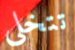
تتخلى